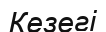
Кезегі